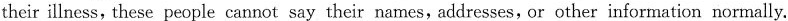
their illness, these people cannot say their names,addresses,or other information normally.